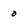
Character: o